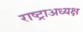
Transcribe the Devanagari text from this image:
राष्ट्राअध्यक्ष